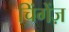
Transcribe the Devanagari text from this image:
चिंगेंज़